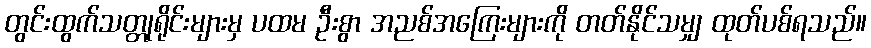
တွင်းထွက်သတ္တုရိုင်းများမှ ပထမ ဦးစွာ အညစ်အကြေးများကို တတ်နိုင်သမျှ ထုတ်ပစ်ရသည်။